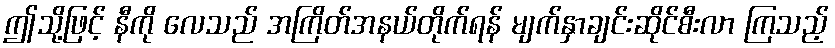
ဤသို့ဖြင့် နီကို လေသည် အကြိတ်အနယ်တိုက်ရန် မျက်နှာချင်းဆိုင်စီးလာ ကြသည့်